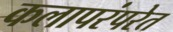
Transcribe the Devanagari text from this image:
कलापरंपरेत